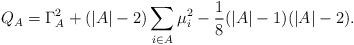
LaTeX: \begin{align*}Q_{A}=\Gamma_{A}^{2}+(|A|-2)\sum_{i\in A}\mu_i^2-\frac{1}{8}(|A|-1)(|A|-2).\end{align*}